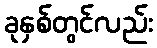
ခုနှစ်တွင်လည်း